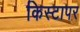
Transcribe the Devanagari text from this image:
किस्टापर